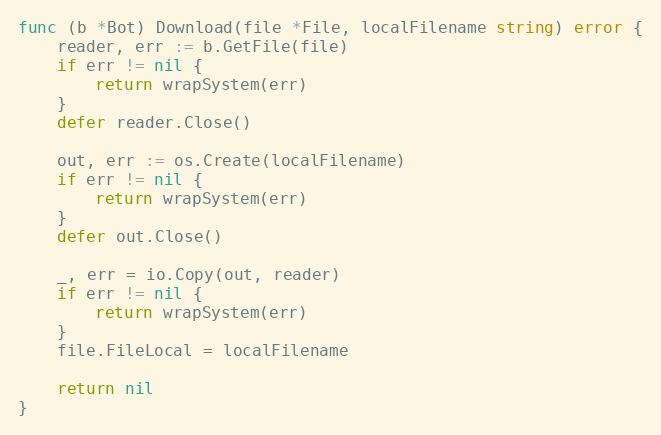
Language: Go
func (b *Bot) Download(file *File, localFilename string) error {
	reader, err := b.GetFile(file)
	if err != nil {
		return wrapSystem(err)
	}
	defer reader.Close()

	out, err := os.Create(localFilename)
	if err != nil {
		return wrapSystem(err)
	}
	defer out.Close()

	_, err = io.Copy(out, reader)
	if err != nil {
		return wrapSystem(err)
	}
	file.FileLocal = localFilename

	return nil
}